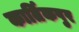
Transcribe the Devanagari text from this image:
कार्तिकपुर